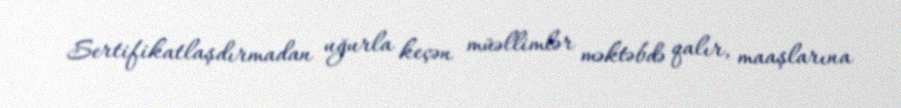
Sertifikatlaşdırmadan uğurla keçən müəllimlər məktəbdə qalır, maaşlarına